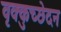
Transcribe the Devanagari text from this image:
वृक्कुच्छेदन